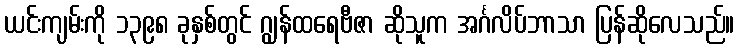
ယင်းကျမ်းကို ၁၃၉၈ ခုနှစ်တွင် ဂျွန်ထရေဗီဇာ ဆိုသူက အင်္ဂလိပ်ဘာသာ ပြန်ဆိုလေသည်။